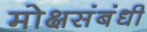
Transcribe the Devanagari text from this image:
मोक्षसंबंधी